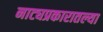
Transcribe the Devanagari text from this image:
नाट्यप्रकारातल्या